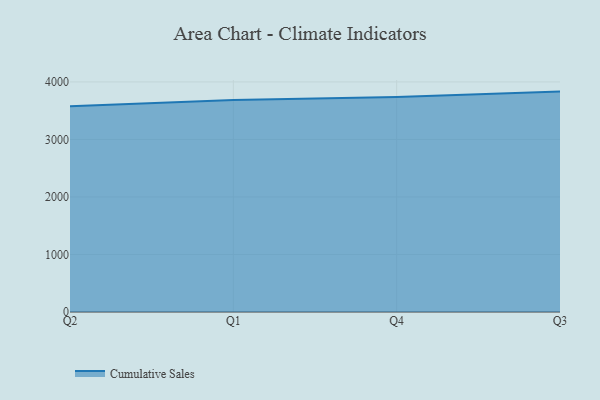
{"axis": {"x": "Quarter", "y": "Budget (USD K)"}, "legend": ["Cumulative Sales"], "data": [{"x": "Q2", "y": 3574.8, "type": "Cumulative Sales"}, {"x": "Q1", "y": 3686.1, "type": "Cumulative Sales"}, {"x": "Q4", "y": 3737.4, "type": "Cumulative Sales"}, {"x": "Q3", "y": 3831.5, "type": "Cumulative Sales"}]}